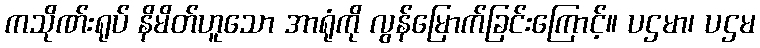
ကသိုဏ်းရုပ် နိမိတ်ဟူသော အာရုံကို လွန်မြောက်ခြင်းကြောင့်။ ပဌမာ၊ ပဌမ